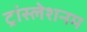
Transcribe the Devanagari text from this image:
ट्रांस्लेशनम